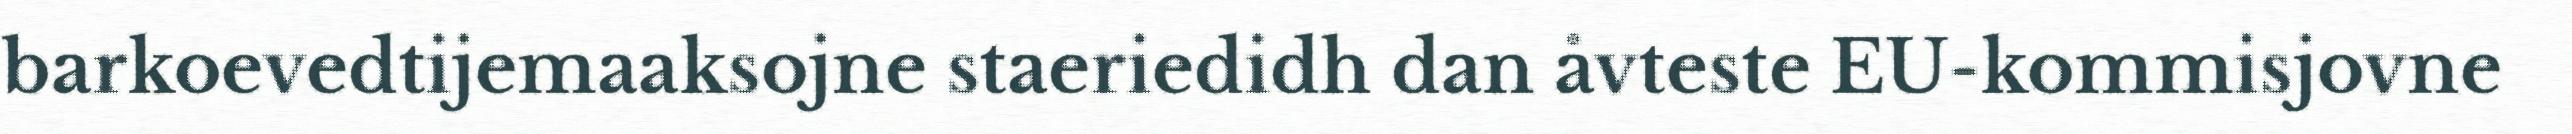
barkoevedtijemaaksojne staeriedidh dan åvteste EU-kommisjovne